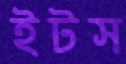
ইটস